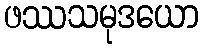
ဖဿသမုဒယော